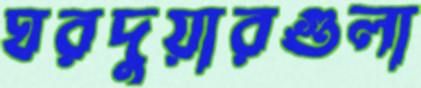
ঘরদুয়ারগুলা